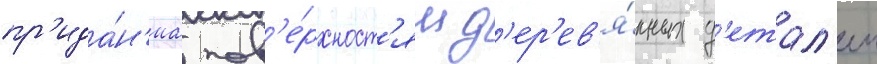
пр'ида́н'иа пов'е́рхност'ям д'ер'ев'я́нных д'етал'еи